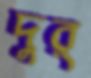
দুর্